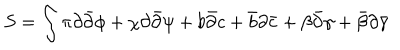
LaTeX: S = \int \pi \partial { \bar { \partial } } \phi + \chi \partial { \bar { \partial } } \psi + b { \bar { \partial } } c + { \bar { b } } \partial { \bar { c } } + \beta { \bar { \partial } } \gamma + { \bar { \beta } } \partial { \bar { \gamma } }